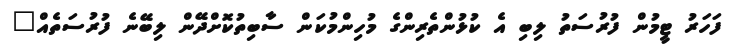
ފަހަރު ޓީމުން ފުރުސަތު ލިބި އެ ކުޅުންތެރިންގެ މުހިންމުކަން ސާބިތުކޮށްދޭން ލިބޭނެ ފުރުސަތެއް"